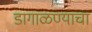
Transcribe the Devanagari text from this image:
डागाळण्याचा